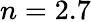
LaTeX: n=2.7